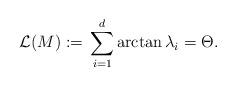
LaTeX: \begin{align*}\mathcal{L}(M) := \,\sum_{i=1}^d\arctan \lambda_i = \Theta.\end{align*}